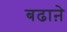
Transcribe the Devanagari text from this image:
बढाऩे